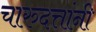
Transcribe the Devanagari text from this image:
चारुदत्तांनी